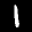
Label: 1